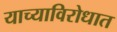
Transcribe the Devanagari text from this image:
याच्याविरोधात